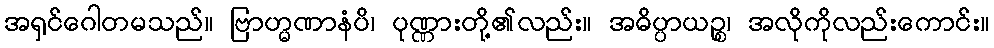
အရှင်ဂေါတမသည်။ ဗြာဟ္မဏာနံပိ၊ ပုဏ္ဏားတို့၏လည်း။ အဓိပ္ပာယဉ္စ၊ အလိုကိုလည်းကောင်း။